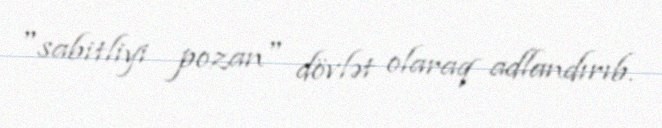
"sabitliyi pozan" dövlət olaraq adlandırıb.